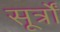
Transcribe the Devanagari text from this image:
सूर्त्रों